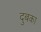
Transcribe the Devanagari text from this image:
दुबका